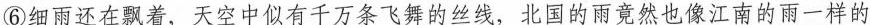
⑥细雨还在飘着，天空中似有千万条飞舞的丝线，北国的雨竟然也像江南的雨一样的